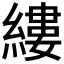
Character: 縷